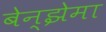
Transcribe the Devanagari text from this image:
बेन्झेमा